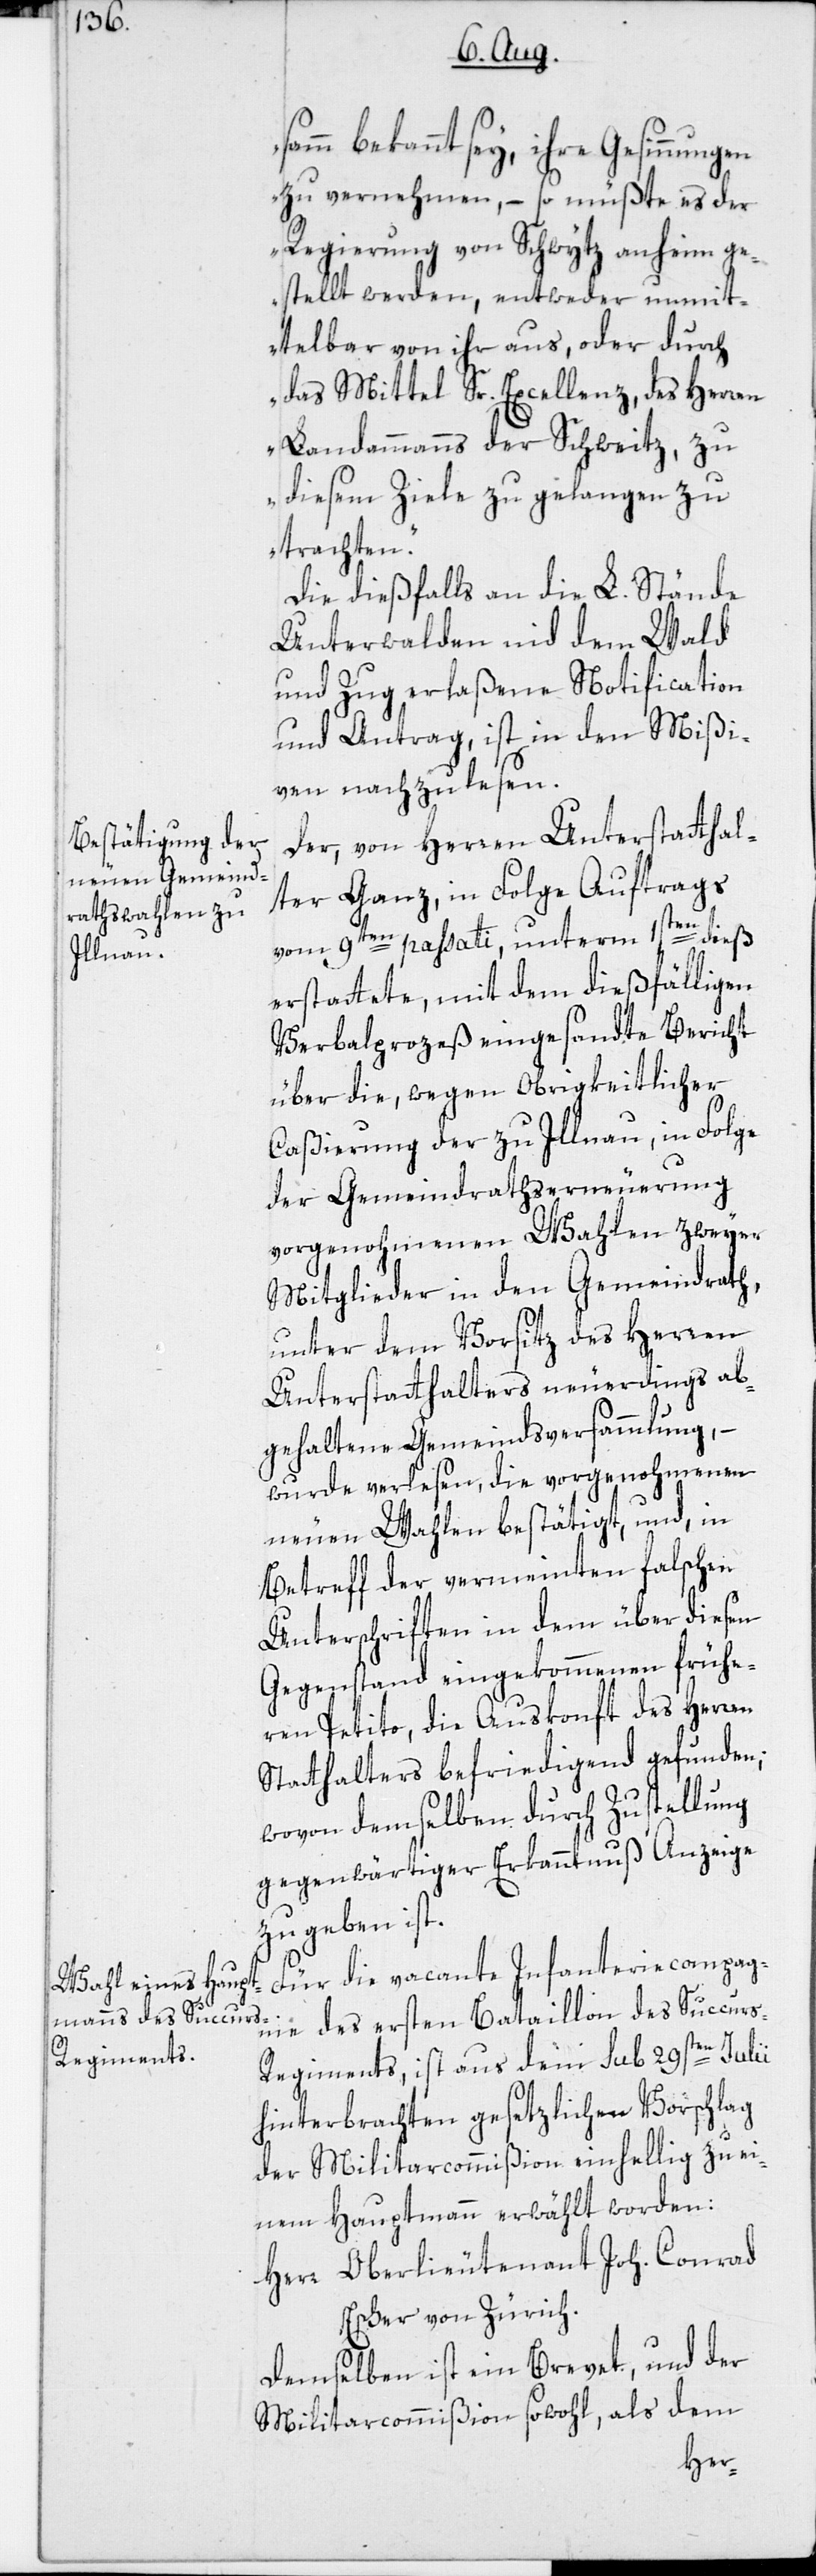
bekannt sey, ihre Gesinnungen
zu vernehmen, – so müßte es der
Regierung von Schwytz anheim ge¬
stellt werden, entweder unmit¬
telbar von ihr aus, oder durch
das Mittel Sr. Excellenz, des Herren
Landammanns der Schweitz, zu
diesem Ziele zu gelangen zu
trachten.“
Die dießfalls an die L. Stände
Unterwalden nid dem Wald
und Zug erlaßene Notification
und Antrag, ist in den Mißi¬
ven nachzulesen.
Der, von Herren Unterstatthal¬
ter Ganz, in Folge Auftrags
vom 9ten passati, unterm 1sten dieß
erstattete, mit dem dießfälligen
Verbalprozeß eingesandte Bericht
über die, wegen Obrigkeitlicher
Caßierung der zu Illnau, in Folge
der Gemeindrathserneuerung
vorgenohmenen Wahlen zweyer
Mitglieder in den Gemeindrath,
unter dem Vorsitz des Herren
Unterstatthalters neuerdings ab¬
gehaltene Gemeindsversammlung, –
wurde verlesen, die vorgenohmenen
neuen Wahlen bestätigt, und, in
Betreff der vermeinten falschen
Unterschriften in dem über diesen
Gegenstand eingekommenen frühe¬
ren Petito, die Auskonft des Herren
Statthalters befriedigend gefunden;
wovon demselben durch Zustellung
gegenwärtiger Erkanntnuß Anzeige
zu geben ist.
Für die vacante Infanteriecompag¬
nie des ersten Bataillon des Succur¬
s-Regiments, ist aus dem sub 29sten Julii
hinterbrachten gesetzlichen Vorschlag
der Militarcommißion einhellig zu ei¬
nem Hauptmann erwählt worden:
Herr Oberlieutenant Joh. Conrad
Escher von Zürich.
Demselben ist ein Brevet, und der
Militarcommißion sowohl, als dem